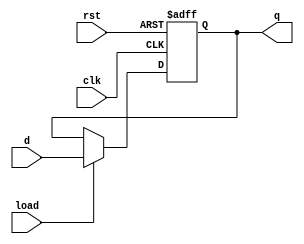
module register #(parameter n = 32) (
    input clk,
    input rst,
    input load,
    input [n - 1:0] d,
    output reg [n - 1:0] q
    );
       
    always @(posedge clk, posedge rst) begin
        if(rst) 
            q <= 0;
        else
            if(load)
                q <= d;
            else
                q <= q;
    end

endmodule